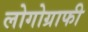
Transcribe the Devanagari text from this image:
लोगोग्राफी